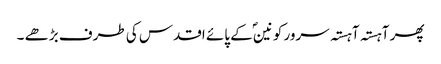
پھر آہستہ آہستہ سرور کونینؐ کے پائے اقدس کی طرف بڑھے ۔